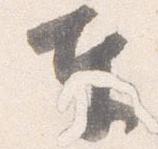
奉